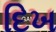
દિખ